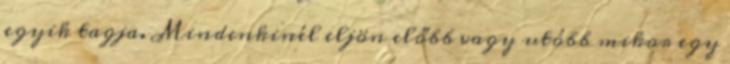
egyik tagja. Mindenkinél eljön előbb vagy utóbb mikor egy